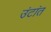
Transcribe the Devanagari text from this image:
उंटांत